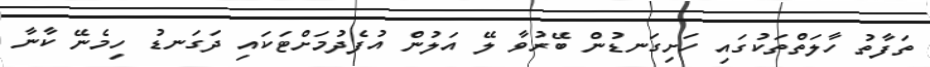
ތަފާތު ހާލަތްތަކުގައި ހަށިގަނޑުން ބޭރުވާ ލޭ އަލުން އުފެދުމަށްޓަކައި ދަގަނޑު ހިމެނޭ ކާނާ